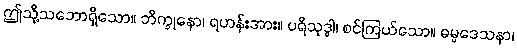
ဤသို့သဘောရှိသော။ ဘိက္ခုနော၊ ရဟန်းအား။ ပရိသုဒ္ဓါ၊ စင်ကြယ်သော။ ဓမ္မဒေသနာ၊